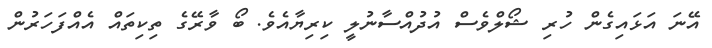
އޭނަ އަޅައިގެން ހުރި ޝޯލްވެސް އުދުއްސާނުލީ ކިރިޔާއެވެ. ބޯ ވާރޭގެ ތިކިތައް އެއްފަހަރުން